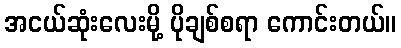
အငယ်ဆုံးလေးမို့ ပိုချစ်စရာ ကောင်းတယ်။